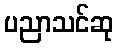
ပညာသင်ဆု